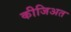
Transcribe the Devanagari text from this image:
कीजिअत